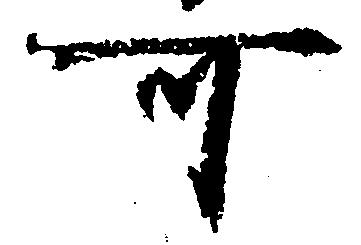
可